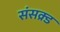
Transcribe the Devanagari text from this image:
संसक्र्ड